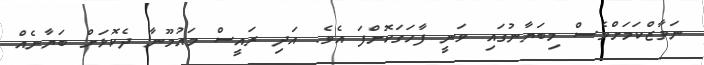
ނަވާޒްކަމަށްވެސް މިބަޔާނުގައި ވަނީ ފާހަގަކޮށްފަ އެވެ. އަދި ރައީސް މައުމޫނާ ދެކޮޅަށް ބަޔާނެއް